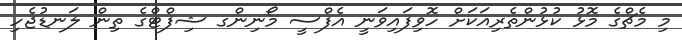
މި މެޗްގެ މޮޅު ކުޅުންތެރިއަކަށް ހޮވިފައިވަނީ އެފްސީ މޯނިންގ ޝިފްޓްގެ ތިން ލަނޑުޖެހި